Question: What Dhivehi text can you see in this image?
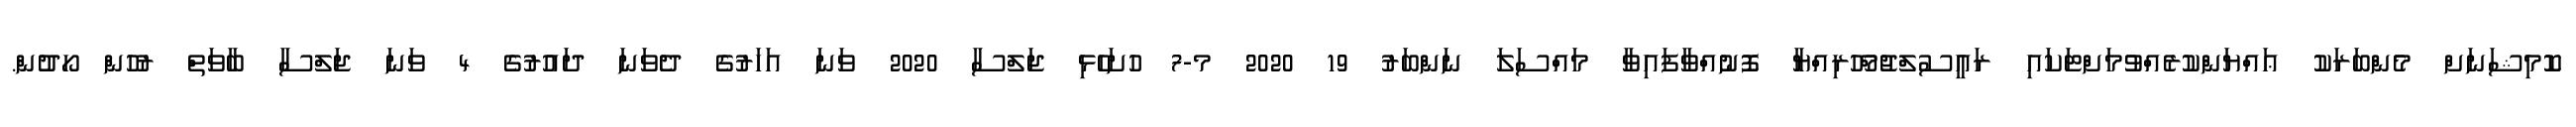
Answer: ކޮމިޝަނަށް މެންބަރަކު ޢައްޔަންކުރެއްވުމަށްޓަކައި ރައީސުލްޖުމްހޫރިއްޔާ ފޮނުއްވާފައިވާ މައްސަލަ ނަންބަރު 19 2020 މ-7 ހުށަހެޅި ޖަލްސާ 2020 ވަނަ އަހަރުގެ ދެވަނަ ދައުރުގެ 4 ވަނަ ޖަލްސާ ބާވަތް ރުހުން ހޯދުން.